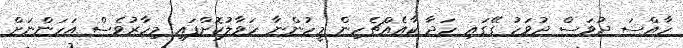
ހާއްސަ ދުވަސް ދުވަހު ގޭގައި ހަދާ ކާއެއްޗެހިން މީހުންނާ ހަވާލުކޮށްފައި މިހާރުވެސް އަހަންނަށް